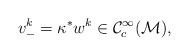
LaTeX: \begin{align*}v_-^k =\kappa^* w^k \in \mathcal{C}^\infty_c( \mathcal{M}),\end{align*}